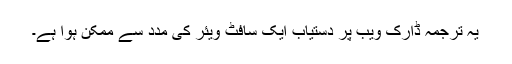
یہ ترجمہ ڈارک ویب پر دستیاب ایک سافٹ ویئر کی مدد سے ممکن ہوا ہے۔